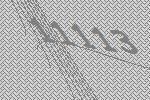
11113